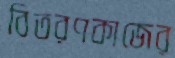
বিতরণকাজের